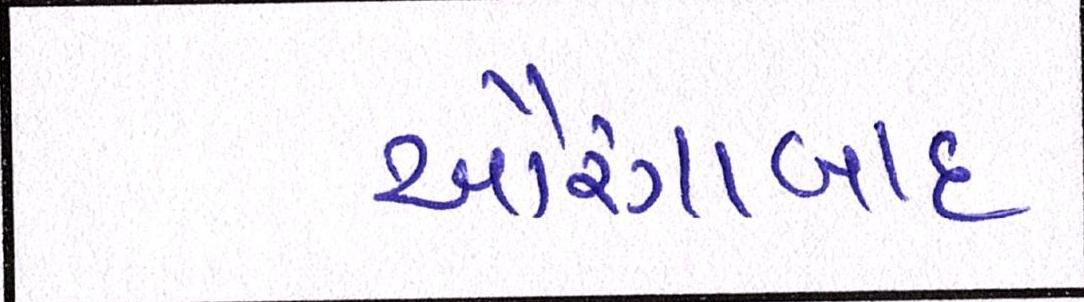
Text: ઔરંગાબાદ